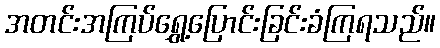
အတင်းအကြပ်ရွှေ့ပြောင်းခြင်းခံကြရသည်။